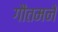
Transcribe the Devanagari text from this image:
गौतमने